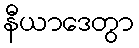
နီယာဒေတွာ